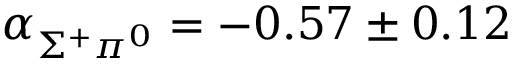
\alpha _ { \Sigma ^ { + } \pi ^ { 0 } } = - 0 . 5 7 \pm 0 . 1 2